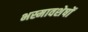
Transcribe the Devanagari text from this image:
भस्मावशेषों